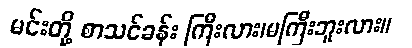
မင်းတို့ စာသင်ခန်း ကြီးလား၊မကြီးဘူးလား။